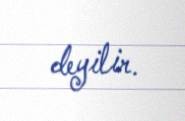
deyilir.